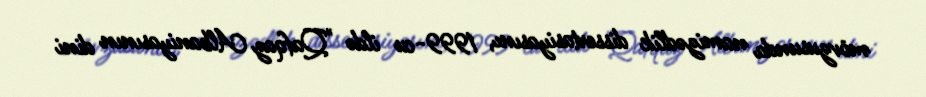
mövzusunda namizədlik dissertasiyasını, 1999-cu ildə "Qafqaz Albaniyasının dini